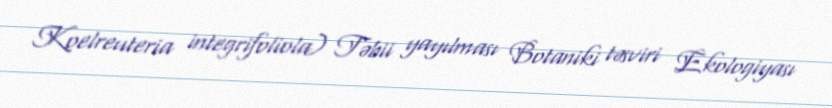
Koelreuteria integrifoliola) Təbii yayılması Botaniki təsviri Ekologiyası